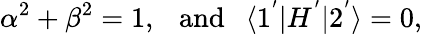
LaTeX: \alpha^{2}+\beta^{2}=1,~~~\mathrm{and}~~~\langle 1^{'}|H^{'}|2^{'}\rangle=0,